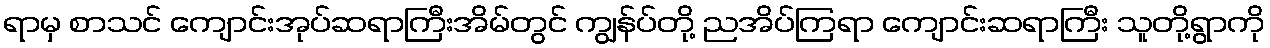
ရာမှ စာသင် ကျောင်းအုပ်ဆရာကြီးအိမ်တွင် ကျွန်ပ်တို့ ညအိပ်ကြရာ ကျောင်းဆရာကြီး သူတို့ရွာကို